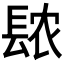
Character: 𫔖